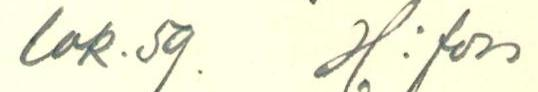
lok. 50.  H:fors